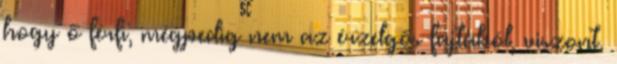
hogy ő férfi, mégpedig nem az érzelgős fajtából, viszont.